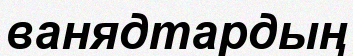
ванядтардың